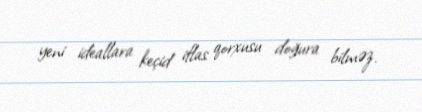
yeni ideallara keçid iflas qorxusu doğura bilməz.